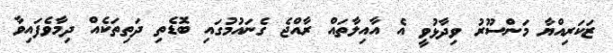
ޒަކަރިއްޔާ މަންސޫރު ވިދާޅުވީ އެ އާއިލާތައް ރާއްޖެ ގެނައުމުގައި ބޮޑެތި ދަތިތަކެއް ދިމާވެފައިވާ